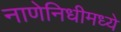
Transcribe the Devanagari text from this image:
नाणेनिधीमध्ये